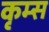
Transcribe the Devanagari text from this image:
कृम्स